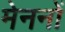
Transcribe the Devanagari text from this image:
मेननों